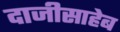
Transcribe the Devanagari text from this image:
दाजीसाहेब